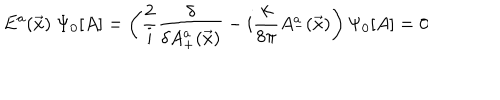
E ^ { a } ( \vec { x } ) ~ \Psi _ { 0 } [ A ] = \left( \frac { 2 } { i } \frac { \delta } { \delta A _ { + } ^ { a } ( \vec { x } ) } - i \frac { k } { 8 \pi } A _ { - } ^ { a } ( \vec { x } ) \right) \Psi _ { 0 } [ A ] = 0